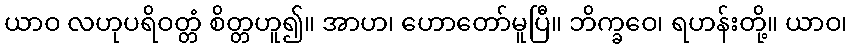
ယာဝ လဟုပရိဝတ္တံ စိတ္တဟူ၍။ အာဟ၊ ဟောတော်မူပြီ။ ဘိက္ခဝေ၊ ရဟန်းတို့။ ယာဝ၊